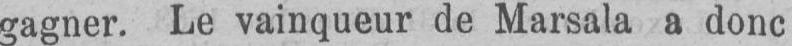
gagner. Le vainqueur de Marsala a donc